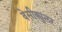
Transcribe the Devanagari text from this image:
वेसीक्युलर